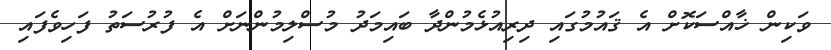
ވަކިން ޚާއްސަކޮށް އެ ޤައުމުގައި ދިރިއުޅެމުންދާ ބައިމަދު މުސްލިމުންނަށް އެ ފުރުސަތު ފަހިވެފައި